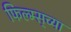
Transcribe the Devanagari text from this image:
फिल्म्स्‌च्या